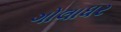
ગોલાધર